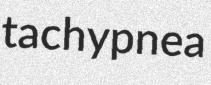
tachypnea